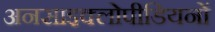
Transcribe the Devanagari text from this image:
अनसाइक्लोपीडियनों